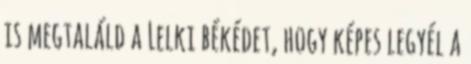
is megtaláld a Lelki békédet, hogy képes legyél a